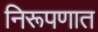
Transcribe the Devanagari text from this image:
निरूपणात